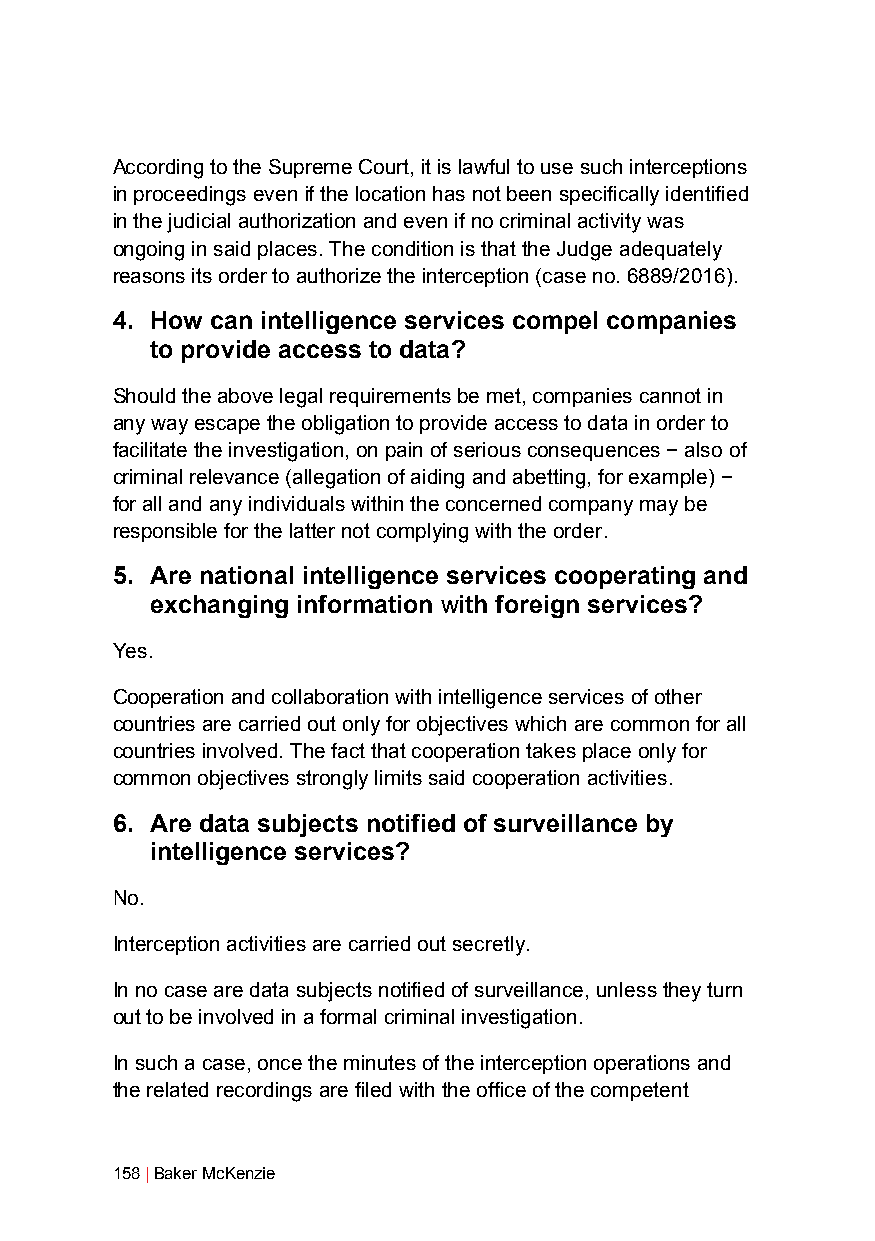
According to the Supreme Court, it is lawful to use such interceptions
 in proceedings even if the location has not been specifically identified
 in the judicial authorization and even if no criminal activity was
 ongoing in said places. The condition is that the Judge adequately
 reasons its order to authorize the interception (case no. 6889/2016).
 4. How can intelligence services compel companies
 to provide access to data?
 Should the above legal requirements be met, companies cannot in
 any way escape the obligation to provide access to data in order to
 facilitate the investigation, on pain of serious consequences − also of
 criminal relevance (allegation of aiding and abetting, for example) −
 for all and any individuals within the concerned company may be
 responsible for the latter not complying with the order.
 5. Are national intelligence services cooperating and
 exchanging information with foreign services?
 Yes.
 Cooperation and collaboration with intelligence services of other
 countries are carried out only for objectives which are common for all
 countries involved. The fact that cooperation takes place only for
 common objectives strongly limits said cooperation activities.
 6. Are data subjects notified of surveillance by
 intelligence services?
 No.
 Interception activities are carried out secretly.
 In no case are data subjects notified of surveillance, unless they turn
 out to be involved in a formal criminal investigation.
 In such a case, once the minutes of the interception operations and
 the related recordings are filed with the office of the competent
 158 | Baker McKenzie